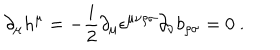
\partial _ { \mu } h ^ { \mu } = - { \frac { i } { 2 } } \partial _ { \mu } \epsilon ^ { \mu \nu \rho \sigma } \partial _ { \nu } b _ { \rho \sigma } = 0 \ .